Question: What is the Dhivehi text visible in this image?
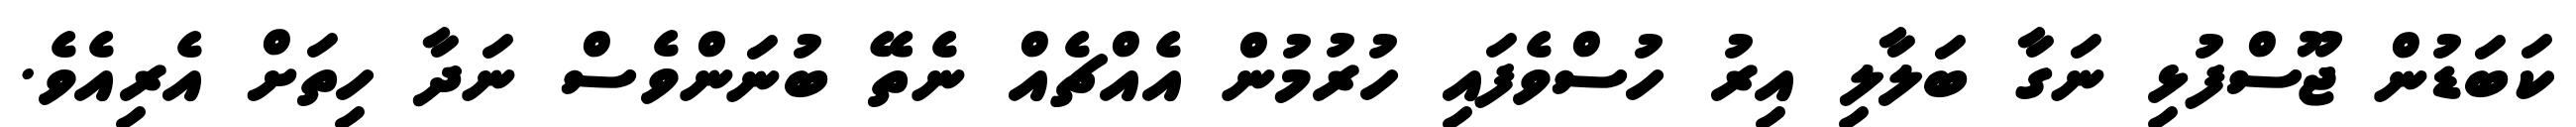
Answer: ކަބަޑުން ޖޫސްފުޅި ނަގާ ބަލާލި އިރު ހުސްވެފައި ހުރުމުން އެއްޗެއް ނެތޭ ބުނަންވެސް ނަދާ ހިތަށް އެރިއެވެ.